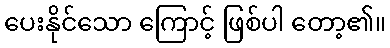
ပေးနိုင်သော ကြောင့် ဖြစ်ပါ တော့၏။